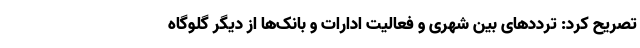
تصریح کرد: ترددهای بین شهری و فعالیت ادارات و بانک‌ها از دیگر گلوگاه